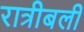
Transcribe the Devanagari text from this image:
रात्रीबली